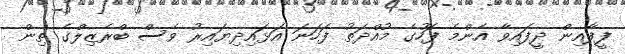
ފީފާއިން ދީފައިވާ އެންމެ ފަހުގެ މުއްދަތު ފަހަނަ އަޅައިދިޔައިރު ވެސް ބްރެޒިލްގެ ތިން